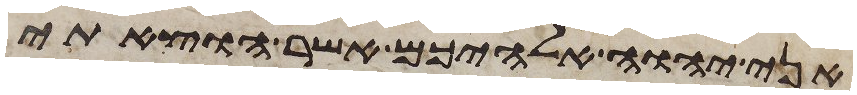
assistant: אני יהוה אלהיכם אשר הוצאתי